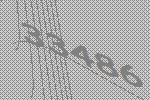
33486